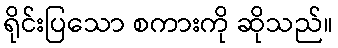
ရိုင်းပြသော စကားကို ဆိုသည်။